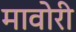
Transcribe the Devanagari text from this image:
मावोरी